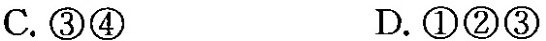
C.③④ D.①②③